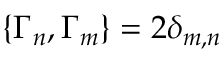
\{ \Gamma _ { n } , \Gamma _ { m } \} = 2 \delta _ { m , n }